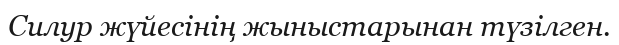
Силур жүйесінің жыныстарынан түзілген.